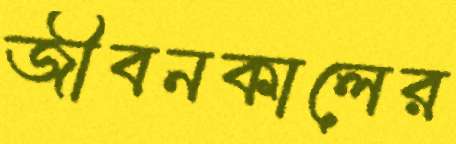
জীবনকালের